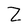
Character: Z